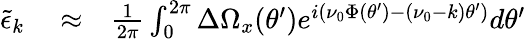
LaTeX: \begin{array}{rlr}{{\tilde{\epsilon}}_{k}}&{{}\approx}&{\frac{1}{2\pi}\int_{0}^{2\pi}\Delta\Omega_{x}(\theta^{\prime})e^{i(\nu_{0}\Phi(\theta^{\prime})-(\nu_{0}-k)\theta^{\prime})}d\theta^{\prime}}\end{array}